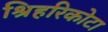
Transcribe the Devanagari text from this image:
श्रिहरिकोटा